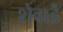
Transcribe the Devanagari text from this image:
शेवाडे